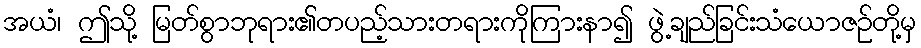
အယံ၊ ဤသို့ မြတ်စွာဘုရား၏တပည့်သားတရားကိုကြားနာ၍ ဖွဲ့ချည်ခြင်းသံယောဇဉ်တို့မှ